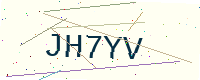
Text: JH7YV